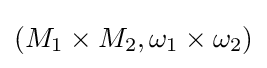
(M_{1}\times M_{2},\omega _{1}\times \omega _{2})